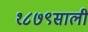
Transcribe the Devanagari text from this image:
१८७९साली